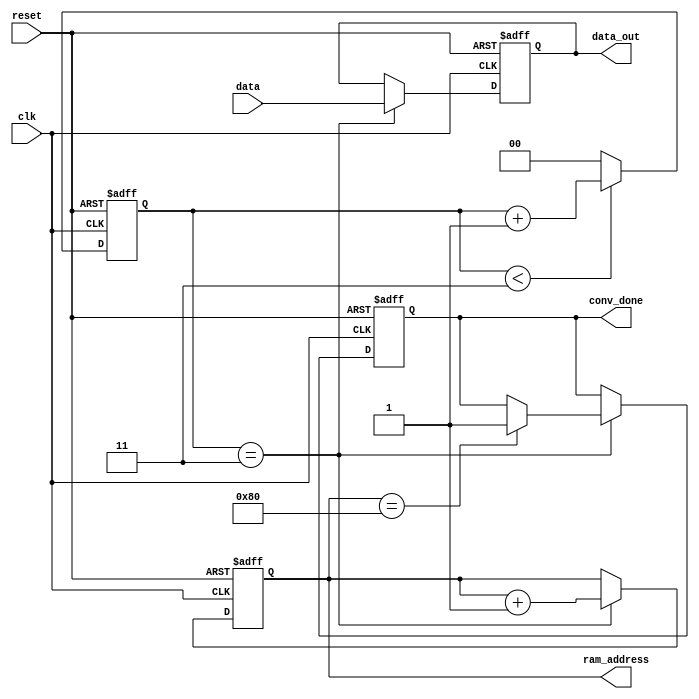
`timescale 1ns / 1ps

module control_output
(
    input clk,
    input reset,
    input [1023:0] data,
    output reg conv_done,
    output reg [7:0] ram_address,
    output reg [1023:0] data_out
);

    reg [1:0] counter;
    always @ (posedge clk or posedge reset) begin
        if(reset)
            counter <= 0;
        else begin
            if(counter < 3)
                counter <= counter + 1;
            else
                counter <= 0;
        end
    end
    
    always @ (posedge clk or posedge reset)
    begin
        if(reset) begin
            data_out <= 0;
            ram_address <= 0;
            conv_done <= 0;
        end
        else begin
            case(counter)
                0: begin
                
                end
                1: begin
                
                end
                3: begin
                    data_out <= data;
                    ram_address <= ram_address + 1;
                    if(ram_address == 128)
                        conv_done <= 1;
                end
                2: begin
                
                end
            endcase
        end
    end
endmodule